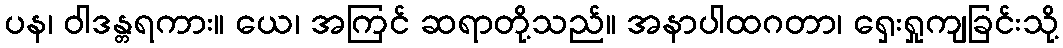
ပန၊ ဝါဒန္တရကား။ ယေ၊ အကြင် ဆရာတို့သည်။ အနာပါထဂတာ၊ ရှေးရှုကျခြင်းသို့